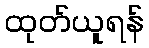
ထုတ်ယူရန်